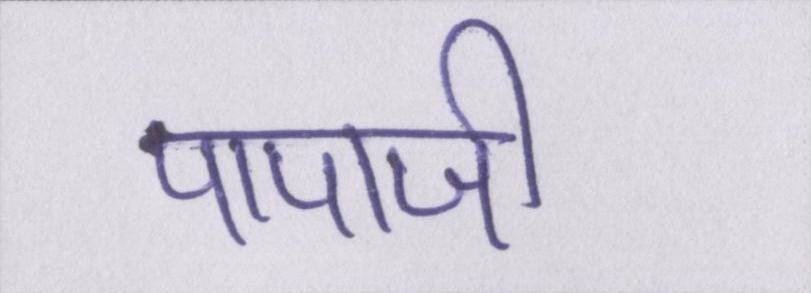
पापाजी